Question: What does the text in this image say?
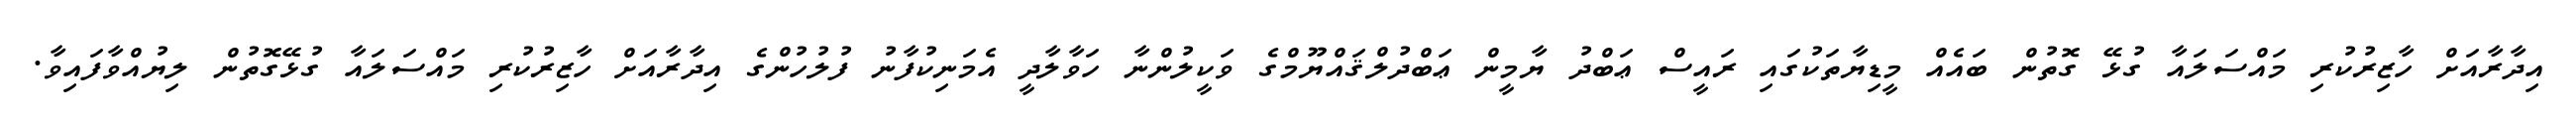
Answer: އިދާރާއަށް ހާޒިރުކުރި މައްސަލައާ ގުޅޭ ގޮތުން ބައެއް މީޑިޔާތަކުގައި ރައީސް ޢަބްދު ޔާމީން ޢަބްދުލްޤައްޔޫމްގެ ވަކީލުންނާ ހަވާލާދީ އެމަނިކުފާނު ފުލުހުންގެ އިދާރާއަށް ހާޒިރުކުރި މައްސަލައާ ގުޅޭގޮތުން ލިޔުއްވާފައިވާ.